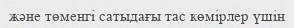
және төменгі сатыдағы тас көмірлер үшін